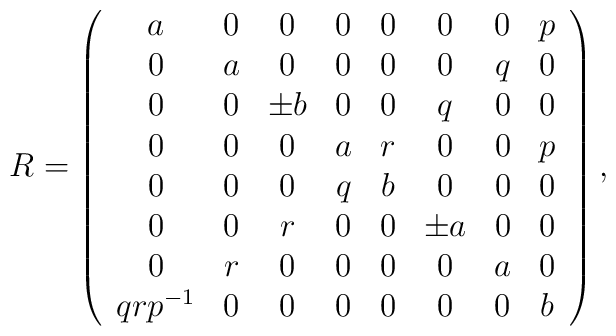
R =\left( \begin{array}{cccccccc}a & 0 & 0 & 0 & 0 & 0 & 0 & p \\0 & a & 0 & 0 & 0 & 0 & q & 0 \\0 & 0 & \pm b & 0 & 0 & q & 0 & 0 \\0 & 0 & 0 & a & r  & 0 & 0 & p \\0 & 0 & 0 & q & b & 0 & 0 & 0  \\0 & 0 & r & 0 & 0 & \pm a & 0 & 0 \\0 & r & 0 & 0 & 0 & 0 & a & 0 \\qrp^{-1} & 0 & 0 & 0 & 0 & 0 & 0 & b\end{array}\right),